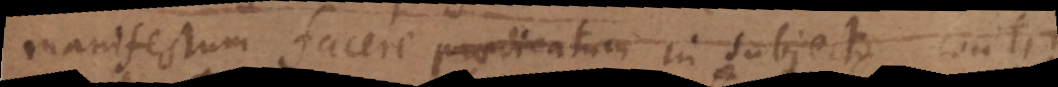
manifestum facere praedicatum in subjecto contin